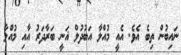
ނައިބުން ތިބެ އެވެ. އެއީ މުއްލާ އަބުދުލް ޣަނީ ބަރާދަރު އާއި މުއްލާ